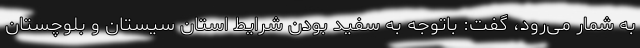
به شمار می‌رود، گفت: باتوجه به سفید بودن شرایط استان سیستان و بلوچستان